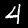
Digit: 4